system: You are a helpful assistant.
user:
Analyze the provided spectrum to determine if it is a **Carbon Star (C-type)**.

- **Key Visual Indicators of Carbon Star:**
    - **(Primary):** Strong molecular absorption from **C₂ (diatomic carbon) "Swan Bands."** This is the **defining feature** of a carbon star.
        - **(Key Bandheads):** Sharp absorption edges are visible at approximately $5635$ Å, $5165$ Å (the strongest band), and $4737$ Å.
        - **(Line Profile):** Creates a distinct **"saw-tooth"** pattern. The key morphology is a sharp, steep bandhead on the **red (long-wavelength) side**, which then gradually tapers off (i.e., flux recovers) towards the **blue (short-wavelength) side**. *(This is the direct opposite of the TiO bands seen in M-type stars)*.

    - **(Secondary):** Intense **CN (cyanogen)** molecular absorption bands.
        - **(Key Bandheads):** Located in the blue and violet regions of the spectrum (e.g., near $4215$ Å and $3883$ Å).
        - **(Morphology):** These bands are extremely broad and act as a "blanket," absorbing the vast majority of blue and violet light. This creates a characteristic **"cliff"** or **"steep drop-off"** in the spectrum's flux at short wavelengths.

    - **(Key Confirmation):** Strong **CH absorption band (G-band)**.
        - **(Key Bandhead):** Located around $4300$ Å. The contribution from CH molecules to this band is exceptionally strong.

    - **(Overall Spectrum):**
        - The continuum is severely "chopped up" by these deep molecular bands, especially C₂, rather than appearing as a smooth curve.
        - Due to the heavy CN and C₂ absorption in the blue-green, the vast majority of the star's flux is concentrated in the red part of the spectrum, giving the star its characteristic deep red color.

Think first, call **spectral_visualization_tool** if needed to examine features in detail, then provide your final answer. Your response must adhere to the following strict rules:
1.  **Overall Structure:** Your response must follow the format `<think>...</think> <tool_call>...</tool_call> (if a tool is used) <answer>...</answer>`.
2.  **Tool Usage Constraint:** You may only make **one** tool call per turn.
3.  **Final Answer Format:** In the `<answer>` tag, your conclusion must be inside a `\boxed{}` command (e.g., `\boxed{YES}`), followed by your justification.

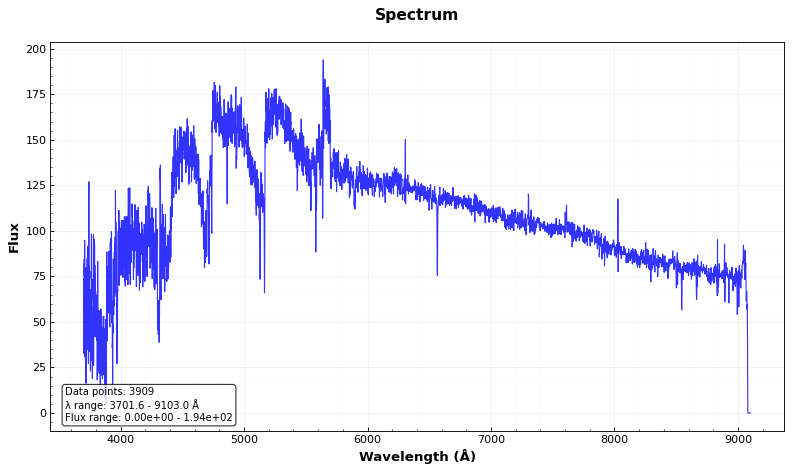
Answer: YES